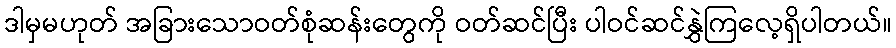
ဒါမှမဟုတ် အခြားသောဝတ်စုံဆန်းတွေကို ဝတ်ဆင်ပြီး ပါဝင်ဆင်နွှဲကြလေ့ရှိပါတယ်။